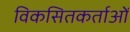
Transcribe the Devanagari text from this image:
विकसितकर्ताओं